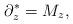
LaTeX: \begin{align*} \partial_z^*=M_z,\end{align*}